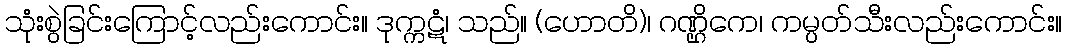
သုံးစွဲခြင်းကြောင့်လည်းကောင်း။ ဒုက္ကဋံ၊ သည်။ (ဟောတိ)၊ ဂဏ္ဌိကေ၊ ကမ္ပတ်သီးလည်းကောင်း။